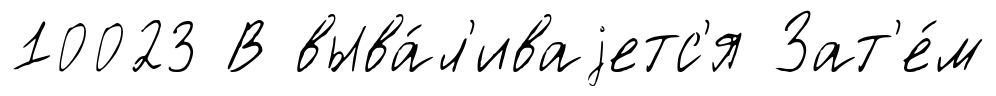
10023 В выва́л'иваjетс'я Зат'е́м